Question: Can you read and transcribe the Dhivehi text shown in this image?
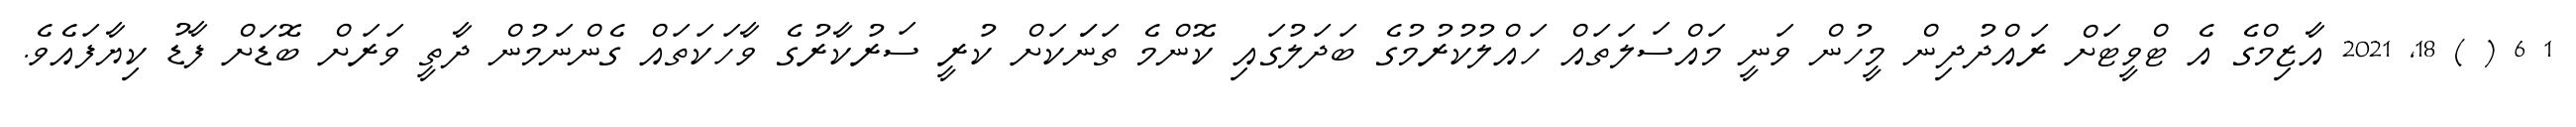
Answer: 1 6 ( ) 18, 2021 އާޒިމްގެ އެ ޓްވީޓަށް ރައްދުދިން މީހުން ވަނީ މައްސަލަތައް ހައްލުކުރުމުގެ ބަދަލުގައި ކޮންމެ ތަނަަކަށް ކުރީ ސަރުކާރުގެ ވާހަކަތައް ގެންނަމުން ދާތީ ވަރަށް ބޮޑަށް ފާޑު ކިޔާފައެވެ.